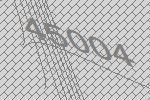
45004